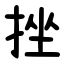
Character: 挫